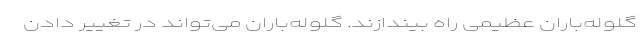
گلوله‌باران عظیمی راه بیندازند. گلوله‌باران می‌تواند در تغییر دادن